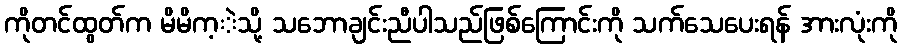
ကိုတင်ထွတ်က မိမိက့ဲသို့ သဘောချင်းညီပါသည်ဖြစ်ကြောင်းကို သက်သေပေးရန် အားလုံးကို